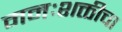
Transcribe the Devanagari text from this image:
मनःशक्तीचा